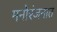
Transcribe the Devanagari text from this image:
मनोरंजनात